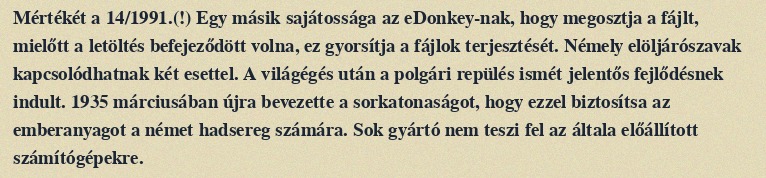
Mértékét a 14/1991.(!) Egy másik sajátossága az eDonkey-nak, hogy megosztja a fájlt, mielőtt a letöltés befejeződött volna, ez gyorsítja a fájlok terjesztését. Némely elöljárószavak kapcsolódhatnak két esettel. A világégés után a polgári repülés ismét jelentős fejlődésnek indult. 1935 márciusában újra bevezette a sorkatonaságot, hogy ezzel biztosítsa az emberanyagot a német hadsereg számára. Sok gyártó nem teszi fel az általa előállított számítógépekre.